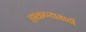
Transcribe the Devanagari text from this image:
हाकण्यासाठी